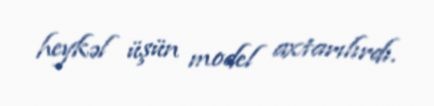
heykəl üşün model axtarılırdı.